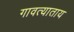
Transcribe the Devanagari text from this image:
गावत्याताय